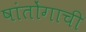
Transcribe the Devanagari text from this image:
षांतोंगाची